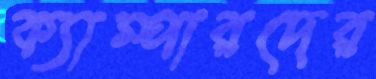
ক্যাম্পারদের